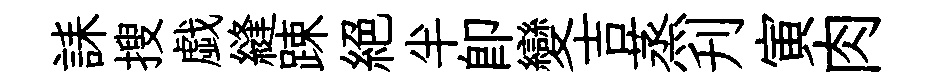
誄搜戯縫踈絶半卽變吉蒸刋寅肉